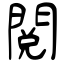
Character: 閲